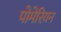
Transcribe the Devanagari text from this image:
पोमेरियन